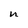
Character: U